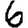
Digit: 6